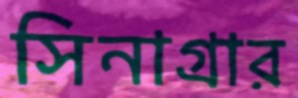
সিনাগ্রার